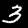
Label: 3